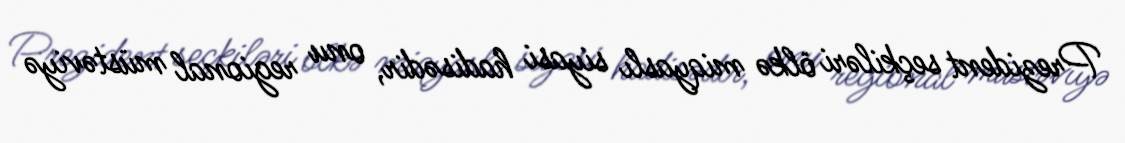
Prezident seçkiləri ölkə miqyaslı siyasi hadisədir, onu regional müstəviyə